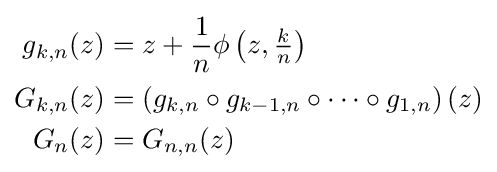
{\begin{aligned}g_{k,n}(z)&=z+{\frac {1}{n}}\phi \left(z,{\tfrac {k}{n}}\right)\\G_{k,n}(z)&=\left(g_{k,n}\circ g_{k-1,n}\circ \cdots \circ g_{1,n}\right)(z)\\G_{n}(z)&=G_{n,n}(z)\end{aligned}}